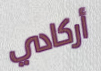
أركادي